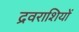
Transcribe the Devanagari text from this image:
द्रवराशियों